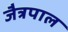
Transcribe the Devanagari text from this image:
जैत्रपाल